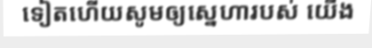
ទៀតហើយសូមឲ្យស្នេហារបស់ យើង